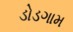
ડોડગામ